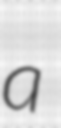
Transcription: a